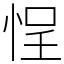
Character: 悜